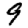
Digit: 9